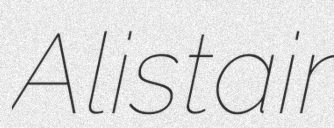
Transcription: Alistair